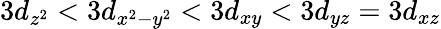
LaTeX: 3d_{z^{2}}<3d_{x^{2}-y^{2}}<3d_{xy}<3d_{yz}=3d_{xz}